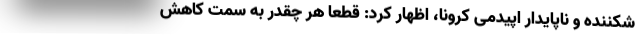
شکننده و ناپایدار اپیدمی کرونا، اظهار کرد: قطعاً هر چقدر به سمت کاهش